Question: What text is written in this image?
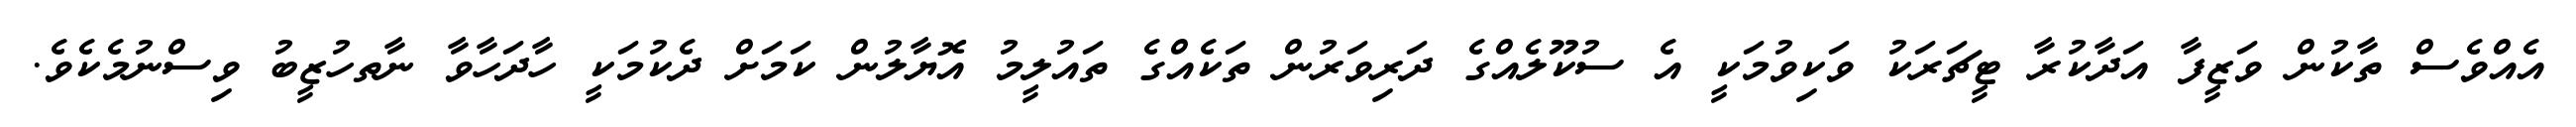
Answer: އެއްވެސް ތާކުން ވަޒީފާ އަދާކުރާ ޓީޗަރަކު ވަކިވުމަކީ އެ ސުކޫލެއްގެ ދަރިވަރުން ތަކެއްގެ ތައުލީމު އޮޔާލުން ކަމަށް ދެކުމަކީ ހާދަހާވާ ނާތހުޒީބު ވިސްނުމެކެވެ.